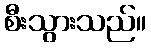
စီးသွားသည်။